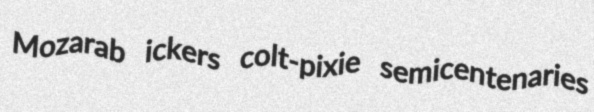
Mozarab ickers colt-pixie semicentenaries